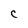
Character: C